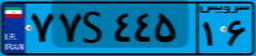
۸۵S۸۰۰۳۹